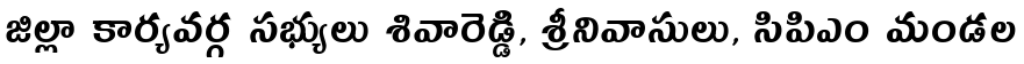
జిల్లా కార్యవర్గ సభ్యులు శివారెడ్డి, శ్రీనివాసులు, సిపిఎం మండల